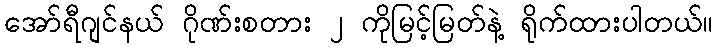
အော်ရီဂျင်နယ် ဂိုဏ်းစတား ၂ ကိုမြင့်မြတ်နဲ့ ရိုက်ထားပါတယ်။